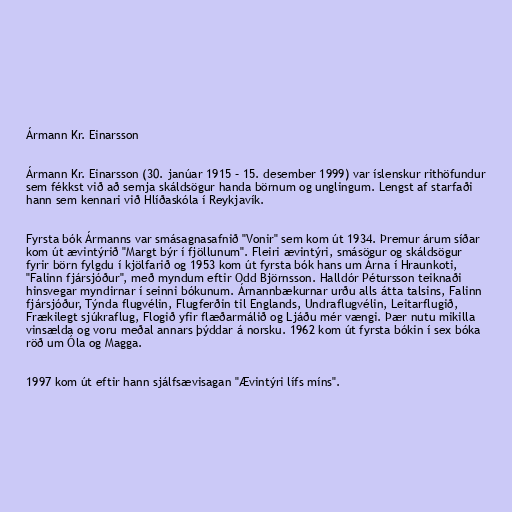
Ármann Kr. Einarsson

Ármann Kr. Einarsson (30. janúar 1915 – 15. desember 1999) var íslenskur rithöfundur
sem fékkst við að semja skáldsögur handa börnum og unglingum. Lengst af starfaði
hann sem kennari við Hlíðaskóla í Reykjavík.

Fyrsta bók Ármanns var smásagnasafnið "Vonir" sem kom út 1934. Þremur árum síðar
kom út ævintýrið "Margt býr í fjöllunum". Fleiri ævintýri, smásögur og skáldsögur
fyrir börn fylgdu í kjölfarið og 1953 kom út fyrsta bók hans um Árna í Hraunkoti,
"Falinn fjársjóður", með myndum eftir Odd Björnsson. Halldór Pétursson teiknaði
hinsvegar myndirnar í seinni bókunum. Árnannbækurnar urðu alls átta talsins, Falinn
fjársjóður, Týnda flugvélin, Flugferðin til Englands, Undraflugvélin, Leitarflugið,
Frækilegt sjúkraflug, Flogið yfir flæðarmálið og Ljáðu mér vængi. Þær nutu mikilla
vinsælda og voru meðal annars þýddar á norsku. 1962 kom út fyrsta bókin í sex bóka
röð um Óla og Magga.

1997 kom út eftir hann sjálfsævisagan "Ævintýri lífs míns".